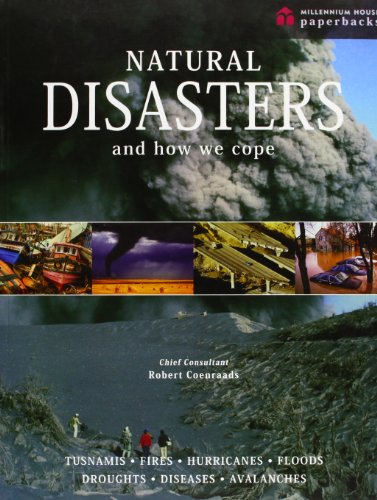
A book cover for Natural Disasters and How We Cope; Robert Raymond Coenraads; Science & Math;